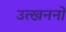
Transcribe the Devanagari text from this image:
उत्‍खननों